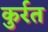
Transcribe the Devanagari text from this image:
कुर्रत